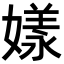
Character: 𡡂